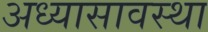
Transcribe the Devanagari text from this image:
अध्यासावस्था